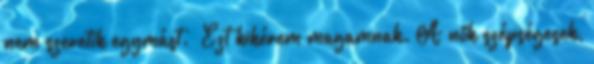
nem szeretik egymást.” Ezt kikérem magamnak. A nők szépségesek,